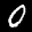
Label: 0